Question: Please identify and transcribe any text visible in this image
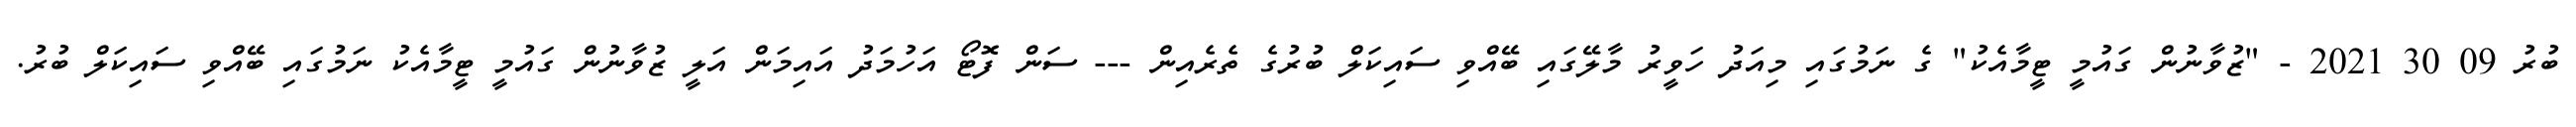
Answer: ބުރު 09 30 2021 - "ޒުވާނުން ގައުމީ ޓީމާއެކު" ގެ ނަމުގައި މިއަދު ހަވީރު މާލޭގައި ބޭއްވި ސައިކަލް ބުރުގެ ތެރެއިން --- ސަން ފޮޓޯ އަހުމަދު އައިމަން އަލީ ޒުވާނުން ގައުމީ ޓީމާއެކު ނަމުގައި ބޭއްވި ސައިކަލް ބުރު.